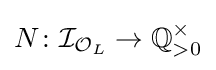
N\colon {\mathcal {I}}_{{\mathcal {O}}_{L}}\to \mathbb {Q} _{>0}^{\times }